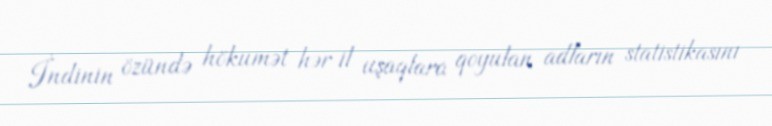
İndinin özündə hökumət hər il uşaqlara qoyulan adların statistikasını